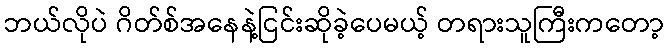
ဘယ်လိုပဲ ဂိတ်စ်အနေနဲ့ငြင်းဆိုခဲ့ပေမယ့် တရားသူကြီးကတော့